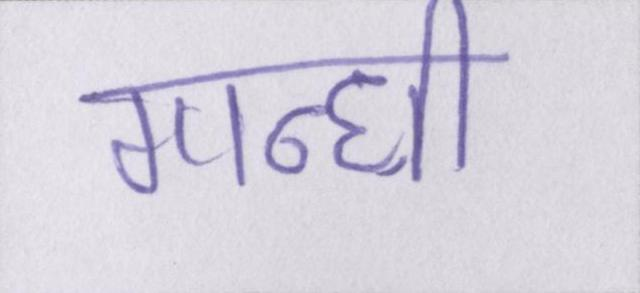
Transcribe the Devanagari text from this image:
गान्धी